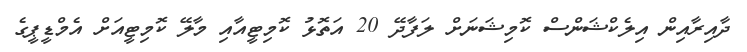
ދާއިރާއިން އިލެކްޝަންސް ކޮމިޝަނަށް ލަފާދޭ 20 އަތޮޅު ކޮމިޓީއާއި މާލޭ ކޮމިޓީއަށް އެމްޑީޕީގެ